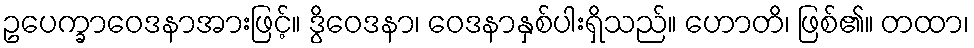
ဥပေက္ခာဝေဒနာအားဖြင့်။ ဒွိဝေဒနာ၊ ဝေဒနာနှစ်ပါးရှိသည်။ ဟောတိ၊ ဖြစ်၏။ တထာ၊